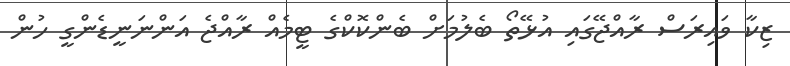
ޒިކާ ވައިރަސް ރާއްޖޭގައި އުޅޭތޯ ބެލުމަށް ބެންކޮކްގެ ޓީމެއް ރާއްޖެ އަންނަނީޑެންގީ ހުން